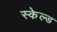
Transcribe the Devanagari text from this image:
स्केल्ड